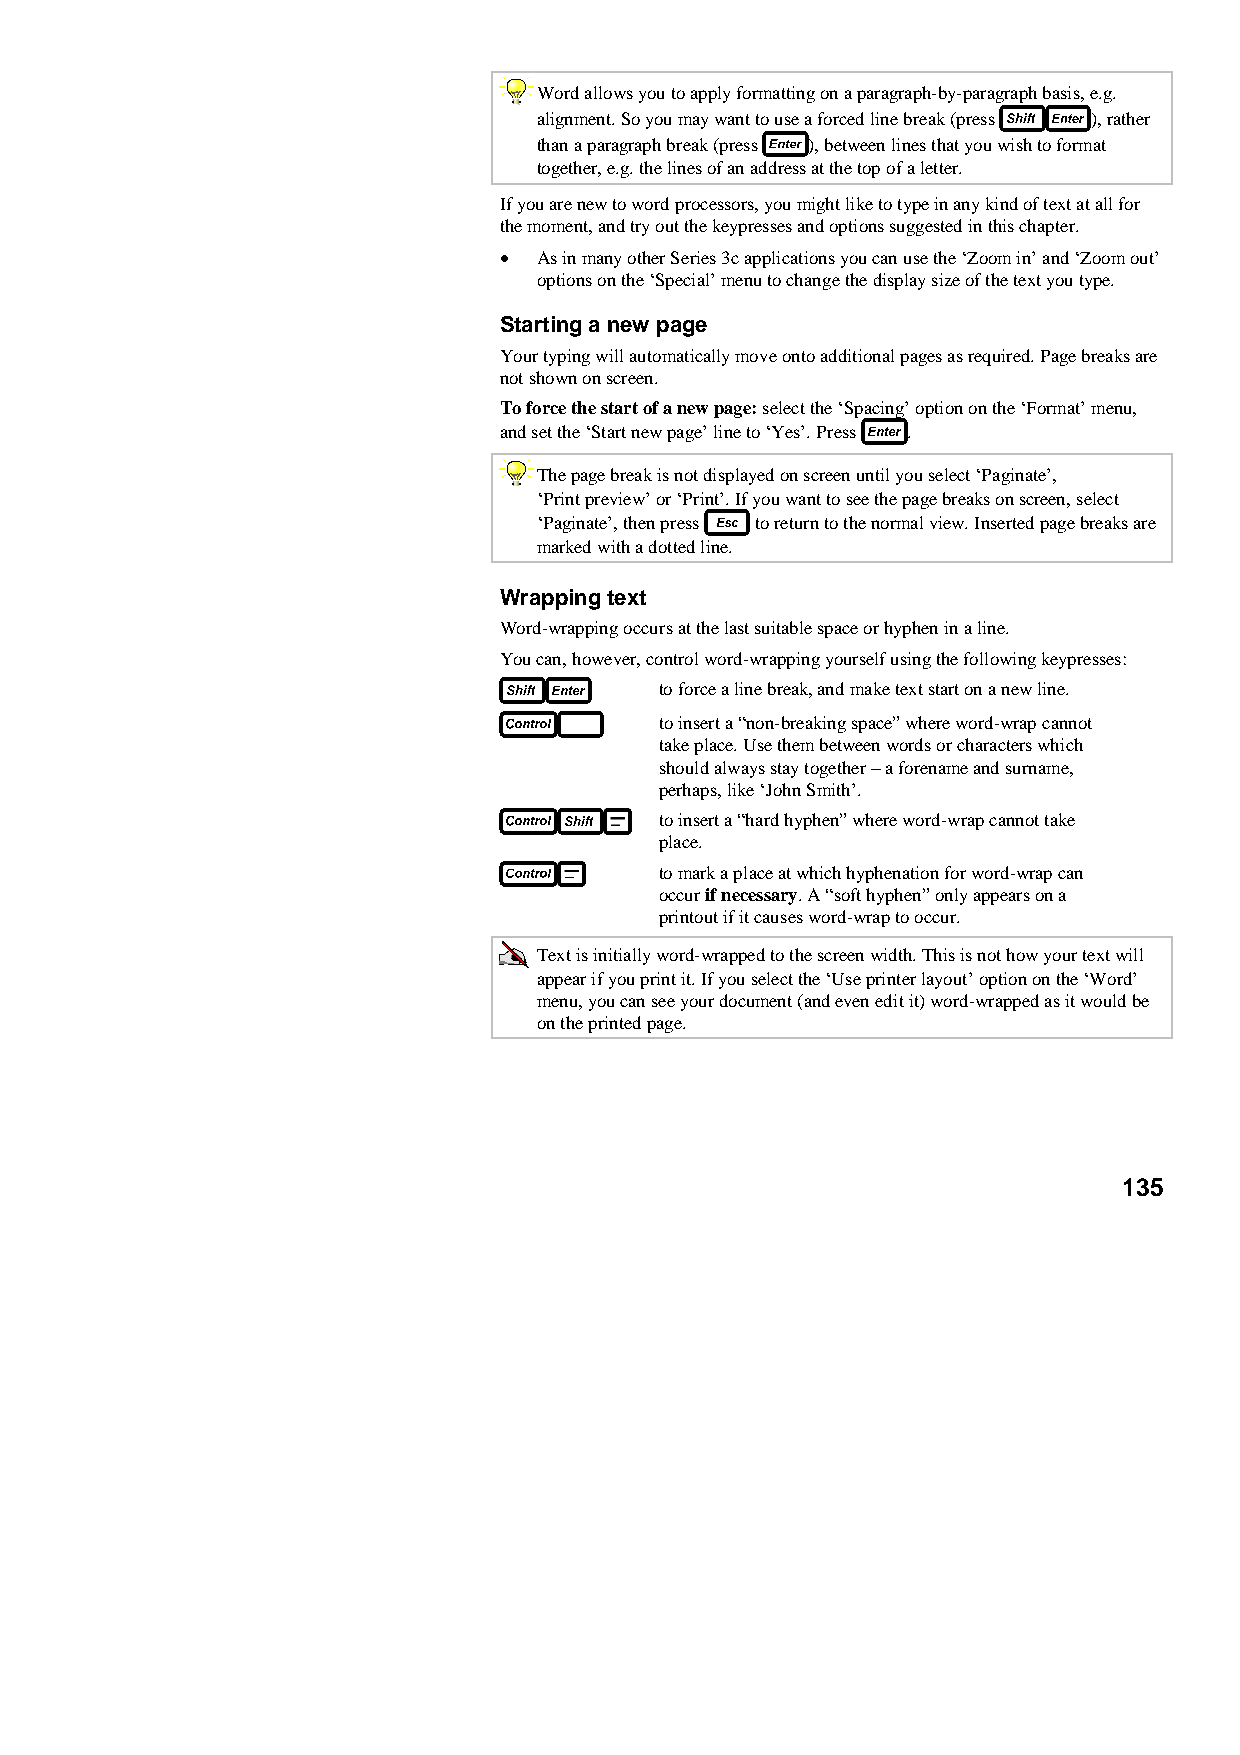
Word allows you to apply formatting on a paragraph-by-paragraph basis, e.g.
 alignment. So you may want to use a forced line break (press ), rather
 than a paragraph break (press ), between lines that you wish to format
 together, e.g. the lines of an address at the top of a letter.
 If you are new to word processors, you might like to type in any kind of text at all for
 the moment, and try out the keypresses and options suggested in this chapter.
 •  As in many other Series 3c applications you can use the ‘Zoom in’ and ‘Zoom out’
 options on the ‘Special’ menu to change the display size of the text you type.
 Starting a new page
 Your typing will automatically move onto additional pages as required. Page breaks are
 not shown on screen.
 To force the start of a new page: select the ‘Spacing’ option on the ‘Format’ menu,
 and set the ‘Start new page’ line to ‘Yes’. Press .
 The page break is not displayed on screen until you select ‘Paginate’,
 ‘Print preview’ or ‘Print’. If you want to see the page breaks on screen, select
 ‘Paginate’, then press to return to the normal view. Inserted page breaks are
 marked with a dotted line.
 Wrapping text
 Word-wrapping occurs at the last suitable space or hyphen in a line.
 You can, however, control word-wrapping yourself using the following keypresses:
 to force a line break, and make text start on a new line.
 to insert a “non-breaking space” where word-wrap cannot
 take place. Use them between words or characters which
 should always stay together − a forename and surname,
 perhaps, like ‘John Smith’.
 to insert a “hard hyphen” where word-wrap cannot take
 place.
 to mark a place at which hyphenation for word-wrap can
 occur if necessary. A “soft hyphen” only appears on a
 printout if it causes word-wrap to occur.
 Text is initially word-wrapped to the screen width. This is not how your text will
 appear if you print it. If you select the ‘Use printer layout’ option on the ‘Word’
 menu, you can see your document (and even edit it) word-wrapped as it would be
 on the printed page.
 135